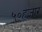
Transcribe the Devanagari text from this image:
५०हजार